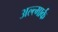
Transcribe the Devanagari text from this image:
अल्त्मार्क